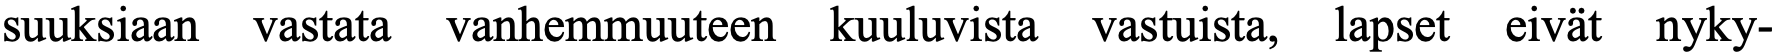
suuksiaan vastata vanhemmuuteen kuuluvista vastuista, lapset eivät nyky-